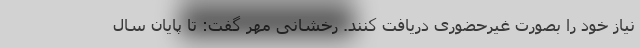
نیاز خود را بصورت غیرحضوری دریافت کنند. رخشانی مهر گفت: تا پایان سال